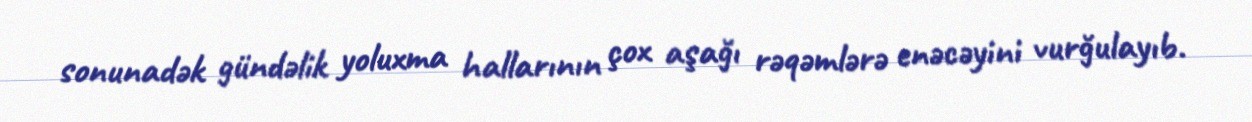
sonunadək gündəlik yoluxma hallarının çox aşağı rəqəmlərə enəcəyini vurğulayıb.